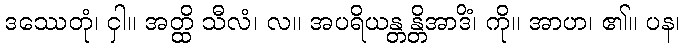
ဒဿေတုံ၊ ငှါ။ အတ္ထိ သီလံ၊ လ။ အပရိယန္တန္တိအာဒိံ၊ ကို။ အာဟ၊ ၏။ ပန၊